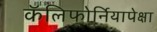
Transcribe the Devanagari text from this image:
कॅलिफोर्नियापेक्षा